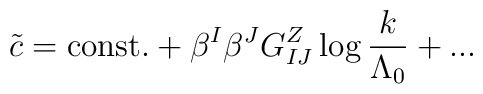
\tilde{c} = {\rm const.} + \beta^I \beta^J{G^Z_{IJ}} \log{{k \over \Lambda_0}} + ...